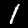
Digit: 1